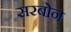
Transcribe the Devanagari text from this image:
सरबोन